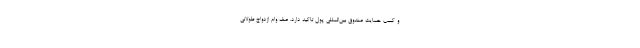
و کسب حمایت صندوق بین‌المللی پول تاکید دارد. صف وام ازدواج طولانی